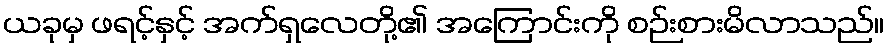
ယခုမှ ဖရင့်နှင့် အက်ရှလေတို့၏ အကြောင်းကို စဉ်းစားမိလာသည်။